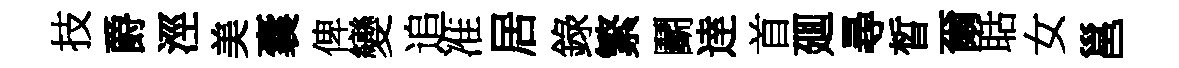
技爵涇美囊俾變追准居錄繁鬬逹首廽尋晳爾聒女邕